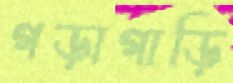
গড়াগাড়ি